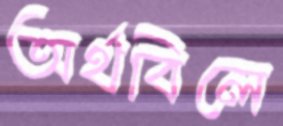
অর্থবিলে